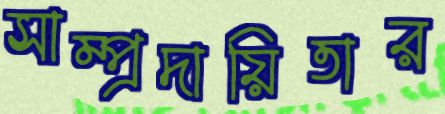
সাম্প্রদায়িতার